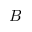
B